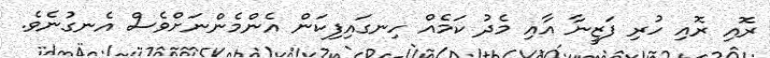
ރޮއި ރޮއި ހުރި ފަޒީނާ އާއި މެދު ކަމެއް ހިނގައިފިކަން އެންމެންނަށްވެސް އެނގުނެވެ.